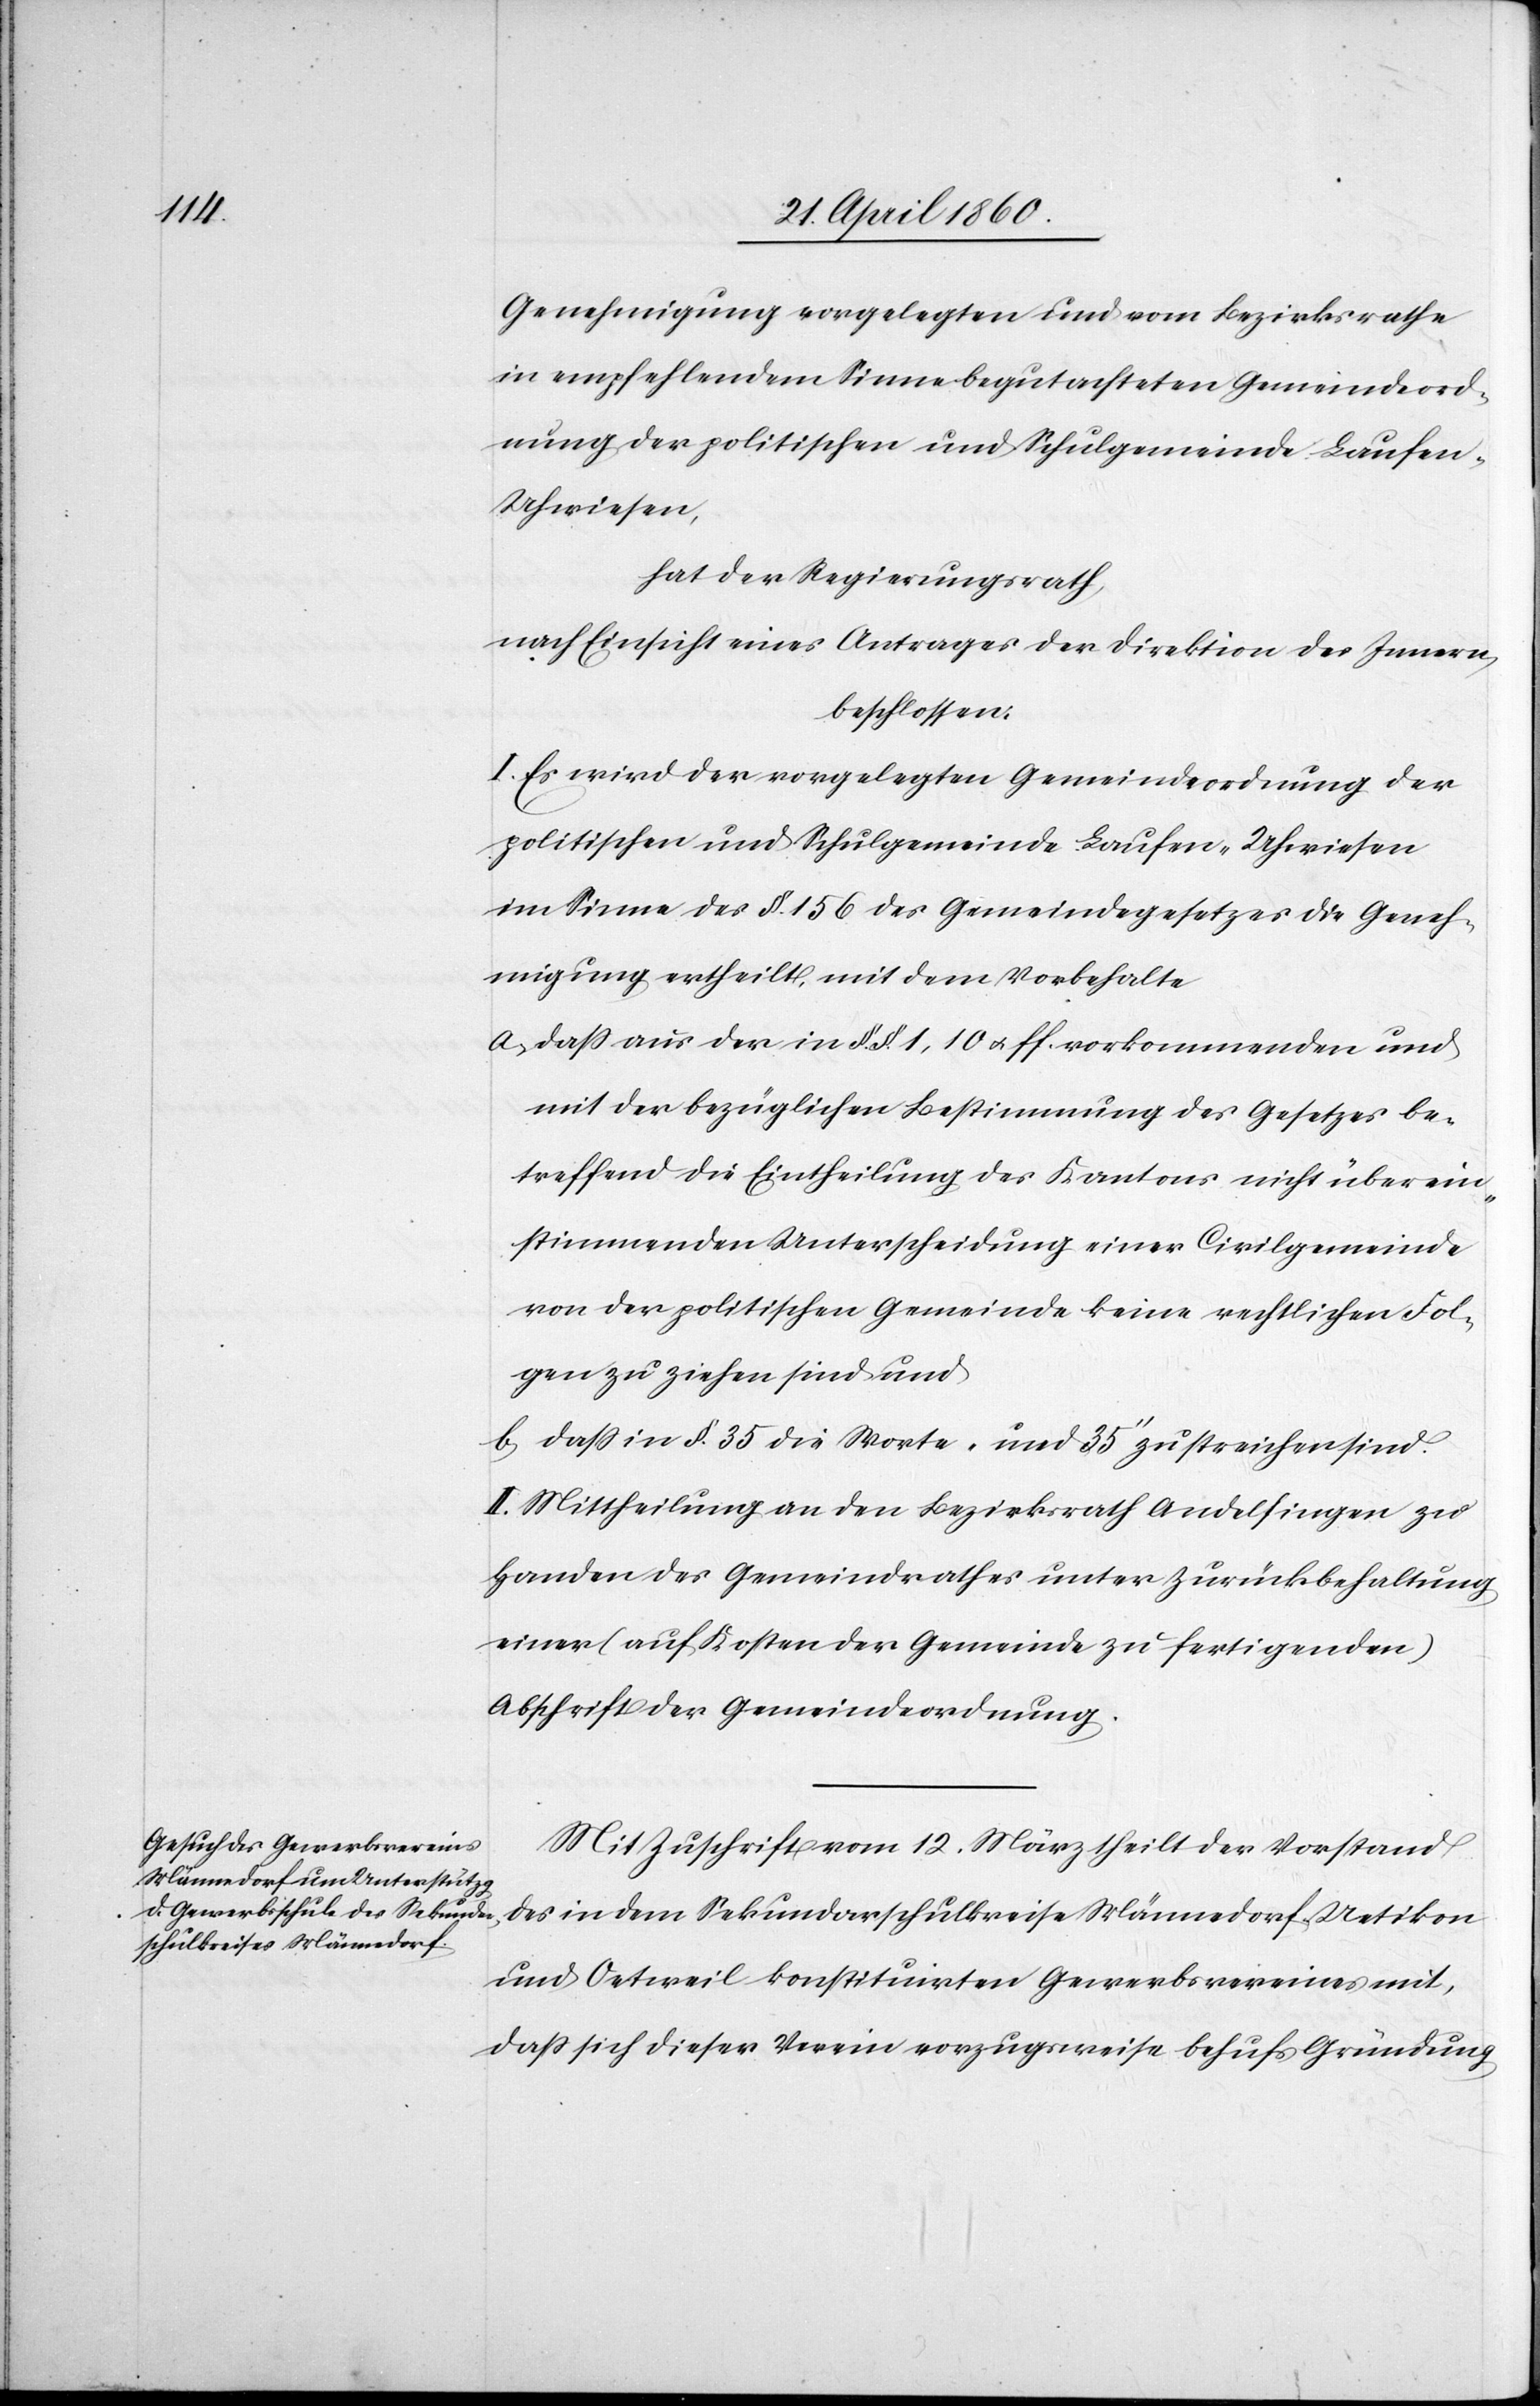
Genehmigung vorgelegten und vom Bezirksrathe
in empfehlendem Sinne begutachteten Gemeindeord¬
nung der politischen und Schulgemeinde Laufen-U¬
hwiesen,
hat der Regierungsrath,
nach Einsicht eines Antrages der Direktion des Innern,
beschlossen:
I. Es wird der vorgelegten Gemeindeordnung der
politischen und Schulgemeinde Laufen-Uhwiesen
im Sinne des §. 156 des Gemeindegesetzes die Geneh¬
migung ertheilt, mit dem Vorbehalte
a. dass aus der in §§. 1, 10 u. ff. vorkommenden und
mit der bezüglichen Bestimmung des Gesetzes be¬
treffend die Ertheilung des Kantons nicht überein¬
stimmenden Unterscheidung einer Civilgemeinde
von der politischen Gemeinde keine rechtlichen Fol¬
gen zu ziehen sind und
b. dass in §. 35. die Worte „und 35“ zu streichen sind.
II. Mittheilung an den Bezirksrath Andelfingen zu
Handen des Gemeindrathes unter Zurückbehaltung
einer (auf Kosten der Gemeinde zu fertigenden)
Abschrift der Gemeindeordnung.
Mit Zuschrift vom 12. März theilt der Vorstand
des in dem Sekundarschulkreise Männedorf, Uetikon
und Oetweil konstituirten Gewerbsvereines mit,
dass sich dieser Verein vorzugsweise behufs Gründung